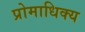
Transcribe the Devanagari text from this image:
प्रोमाधिक्य